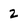
Character: 2